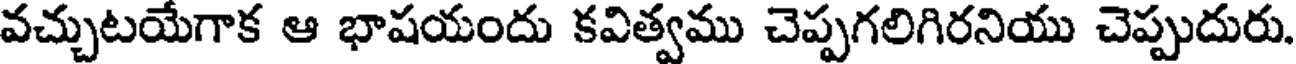
వచ్చుటయేగాక ఆ భాషయందు కవిత్వము చెప్పగలిగిరనియు చెప్పుదురు.